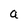
Character: a